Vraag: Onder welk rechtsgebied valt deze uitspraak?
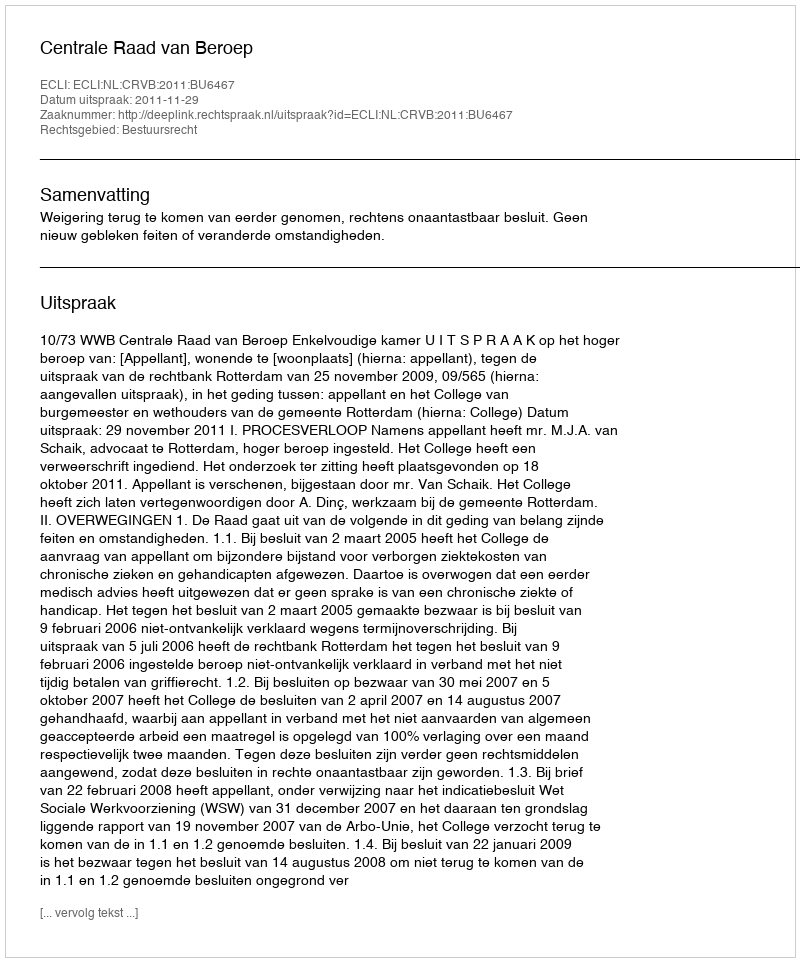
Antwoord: Bestuursrecht